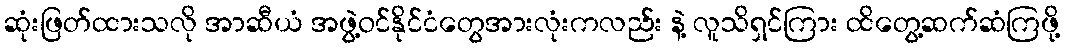
ဆုံးဖြတ်ထားသလို အာဆီယံ အဖွဲ့ဝင်နိုင်ငံတွေအားလုံးကလည်း နဲ့ လူသိရှင်ကြား ထိတွေ့ဆက်ဆံကြဖို့